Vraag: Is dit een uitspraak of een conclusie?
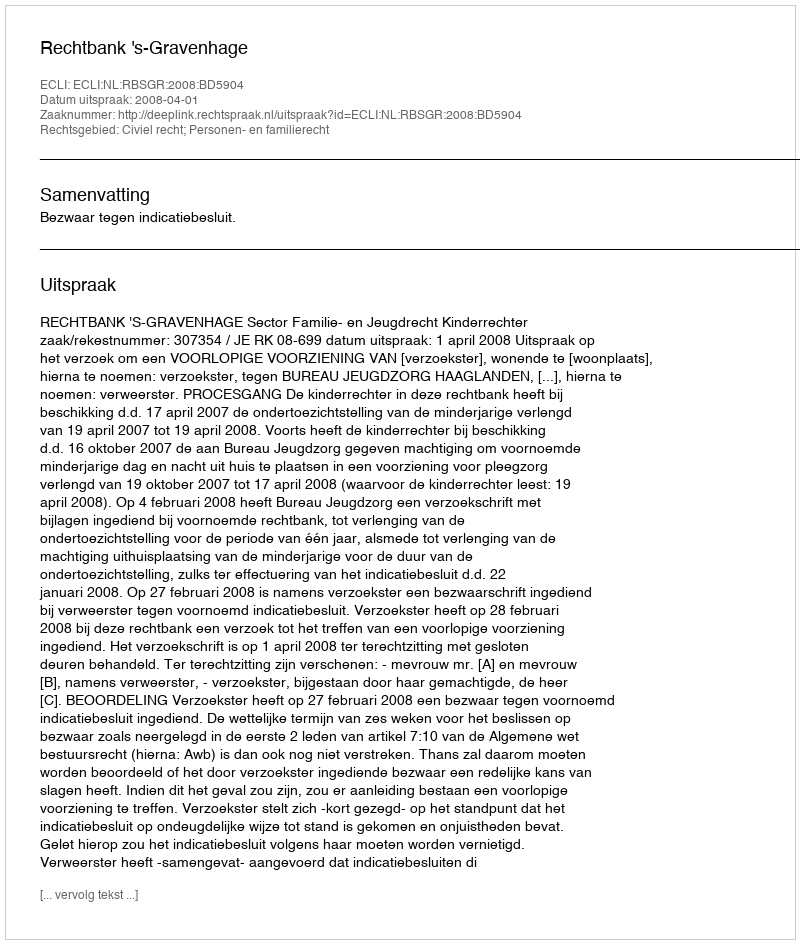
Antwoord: Uitspraak